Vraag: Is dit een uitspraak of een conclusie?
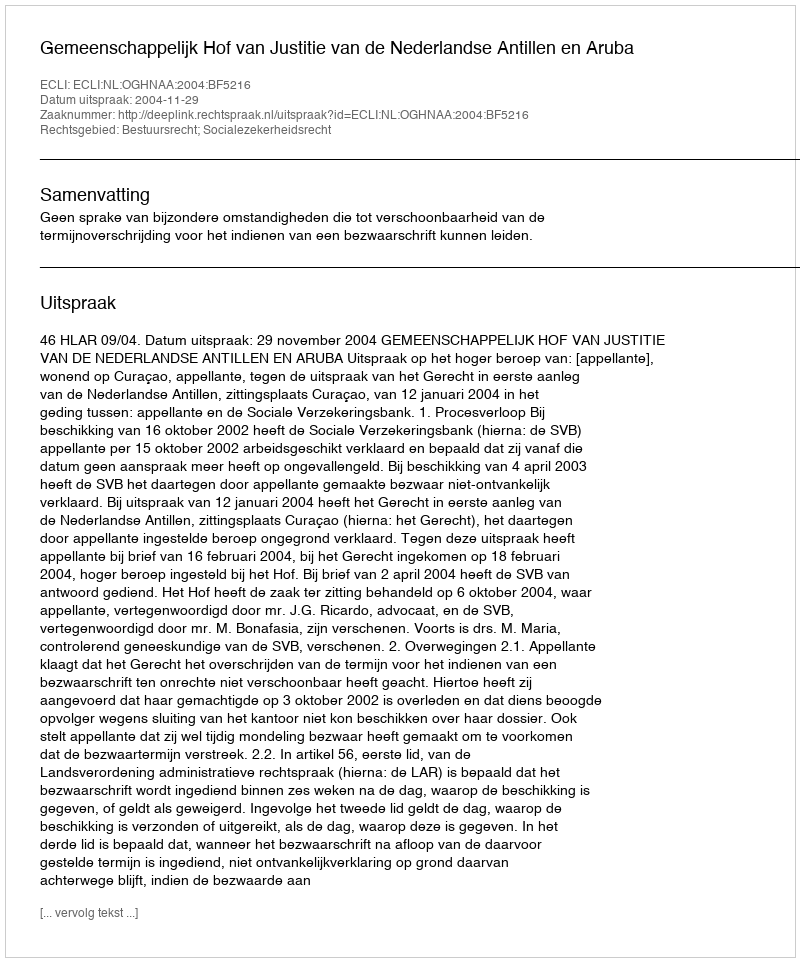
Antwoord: Uitspraak